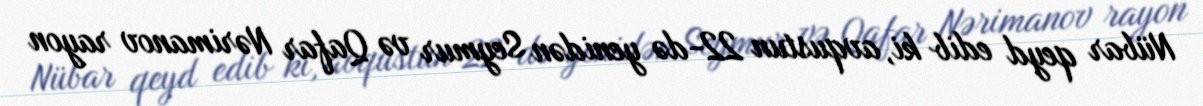
Nübar qeyd edib ki, avqustun 22-də yenidən Seymur və Qafar Nərimanov rayon